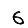
Digit: 6